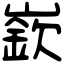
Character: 嶔